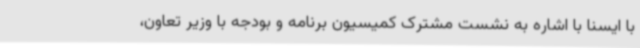
با ایسنا با اشاره به نشست مشترک کمیسیون برنامه و بودجه با وزیر تعاون،